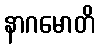
နာဂမောတိ